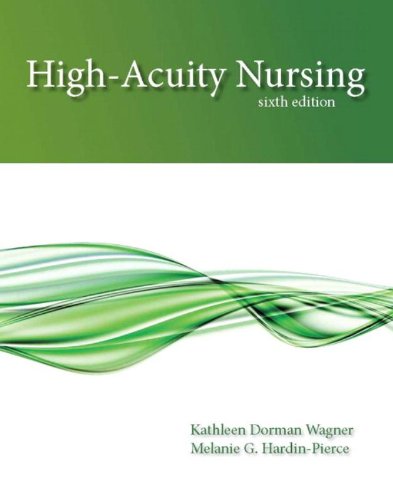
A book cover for High-Acuity Nursing (6th Edition); Kathleen Dorman Wagner RN  MSN  CS; Medical Books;